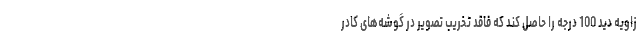
زاویه دید 100 درجه را حاصل کند که فاقد تخریب تصویر در گوشه‌های کادر